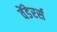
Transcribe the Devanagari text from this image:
वेंडेरर्स